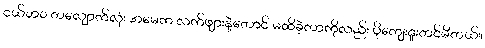
ငယ်ဘ၀ တလျှောက်လုံး အမေက လက်ဖျားနဲ့တောင် မထိခဲ့တာကိုလည်း ပိုကျေးဇူးတင်မိတယ်။